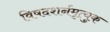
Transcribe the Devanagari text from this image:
विषदशर्नमृत्युक